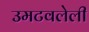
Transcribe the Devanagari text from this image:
उमटवलेली